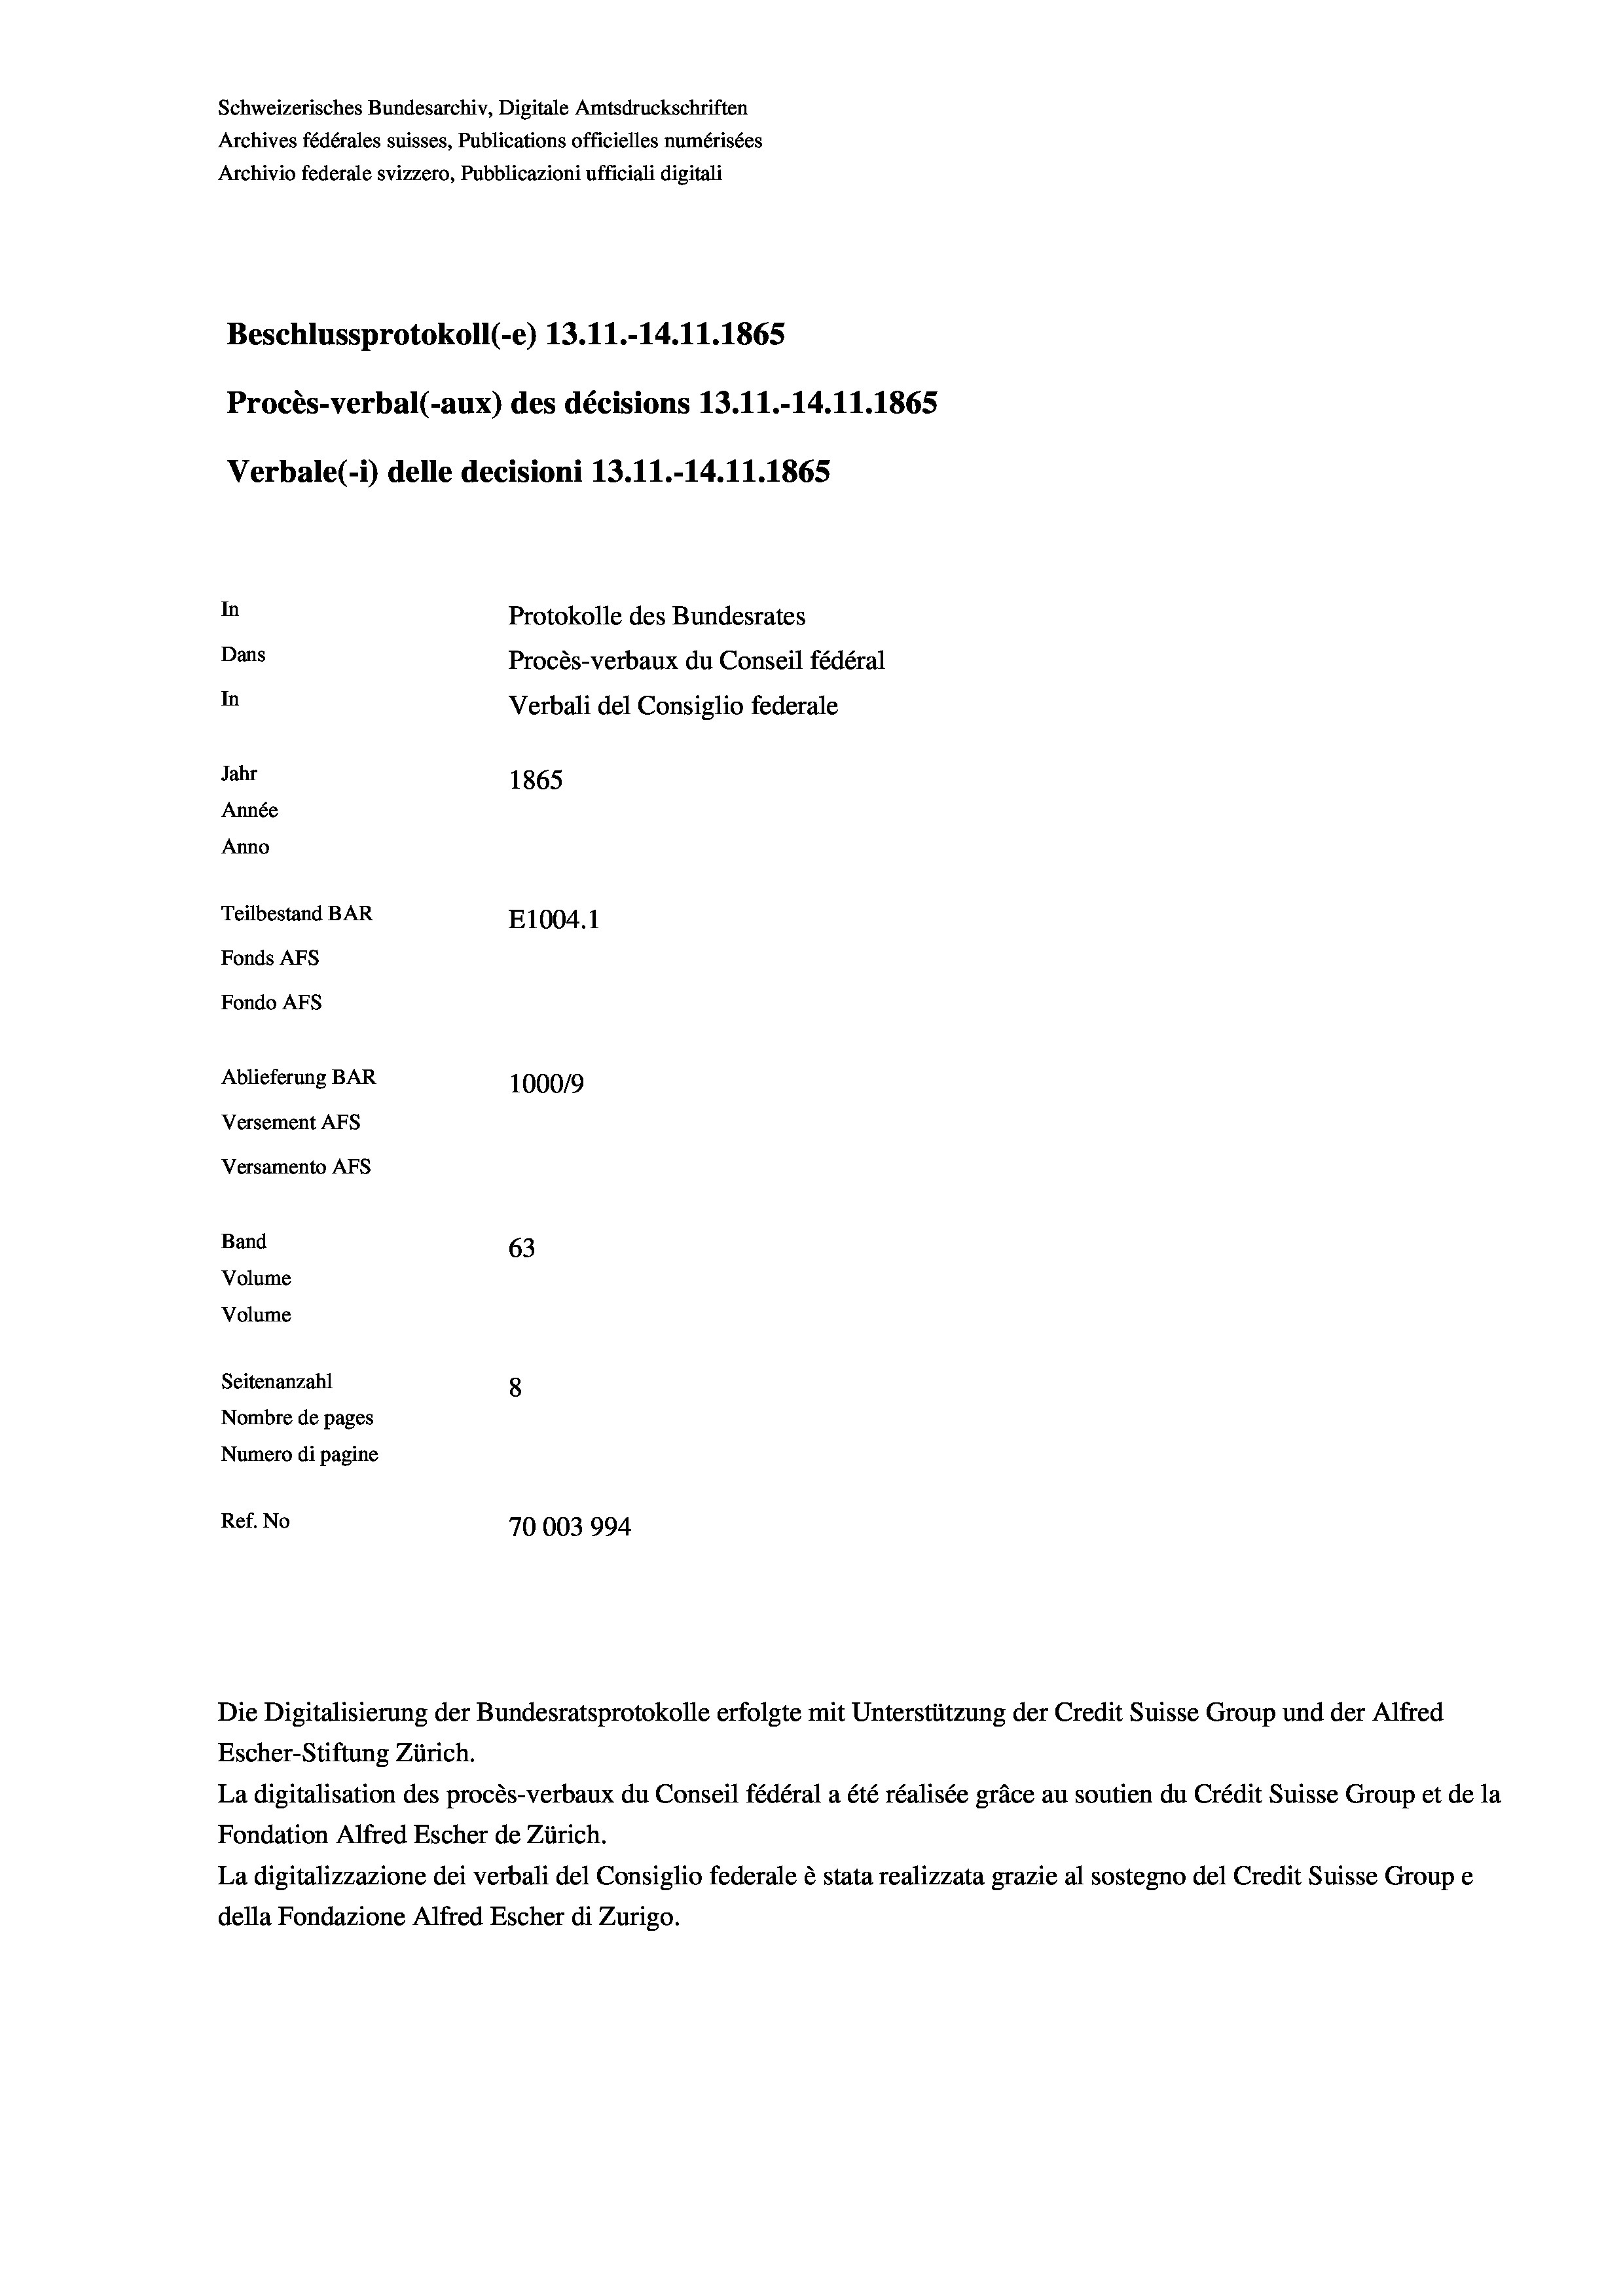
Schweizerisches Bundesarchiv, Digitale Amtsdruckschriften
Archives fédérales suisses, Publications officielles numérisées
Archivio federale svizzero, Pubblicazioni ufficiali digitali
Beschlussprotokoll (-e) 13.11.-14.11.1865
Procès-verbal (-aux) des décisions 13.11.-14.11.1865
Verbale (- 1) delle decisioni 13. 11.-14.11.1865
In
Protokolle des Bundesrates
Dans
Procès-verbaux du Conseil fédéral
In
Verbali del Consiglio federale
Jahr
1865
Année
Anno
Teilbestand BAR
E1004.1
Fonds AFs
Fondo AFs
Ablieferung BAR
100019
Versement AFs
Versamento AFs
Band
63
Volume
Volume
Seitenanzahl
8
Nombre de pages
Numero di pagine
Ref. No
70003994

Escher-Stiftung Zürich.
La digitalisation des procès-verbaux du Conseil fédéral a été réalisée gräce au soutien du Crédit Suisse Group et de la
Fondation Alfred Escher de Zürich.
La digitalizzazione dei verbali del Consiglio federale è stata realizzata grazie al sostegno del Credit Suisse Groupe
della Fondazione Alfred Escher di Zurigo.

Die Digitalisierung der Bundesratsprotokolle erfolgte mit Unterstützung der Credit Suisse Group und der Alfred